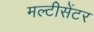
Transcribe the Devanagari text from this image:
मल्टीसेंटर